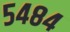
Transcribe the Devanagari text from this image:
५४८४